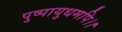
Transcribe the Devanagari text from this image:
पुष्पायुधमपि।।